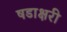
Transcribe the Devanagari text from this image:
षडाक्षरी